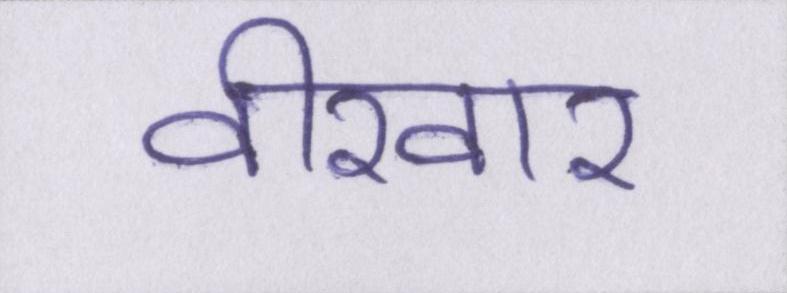
वीरवार